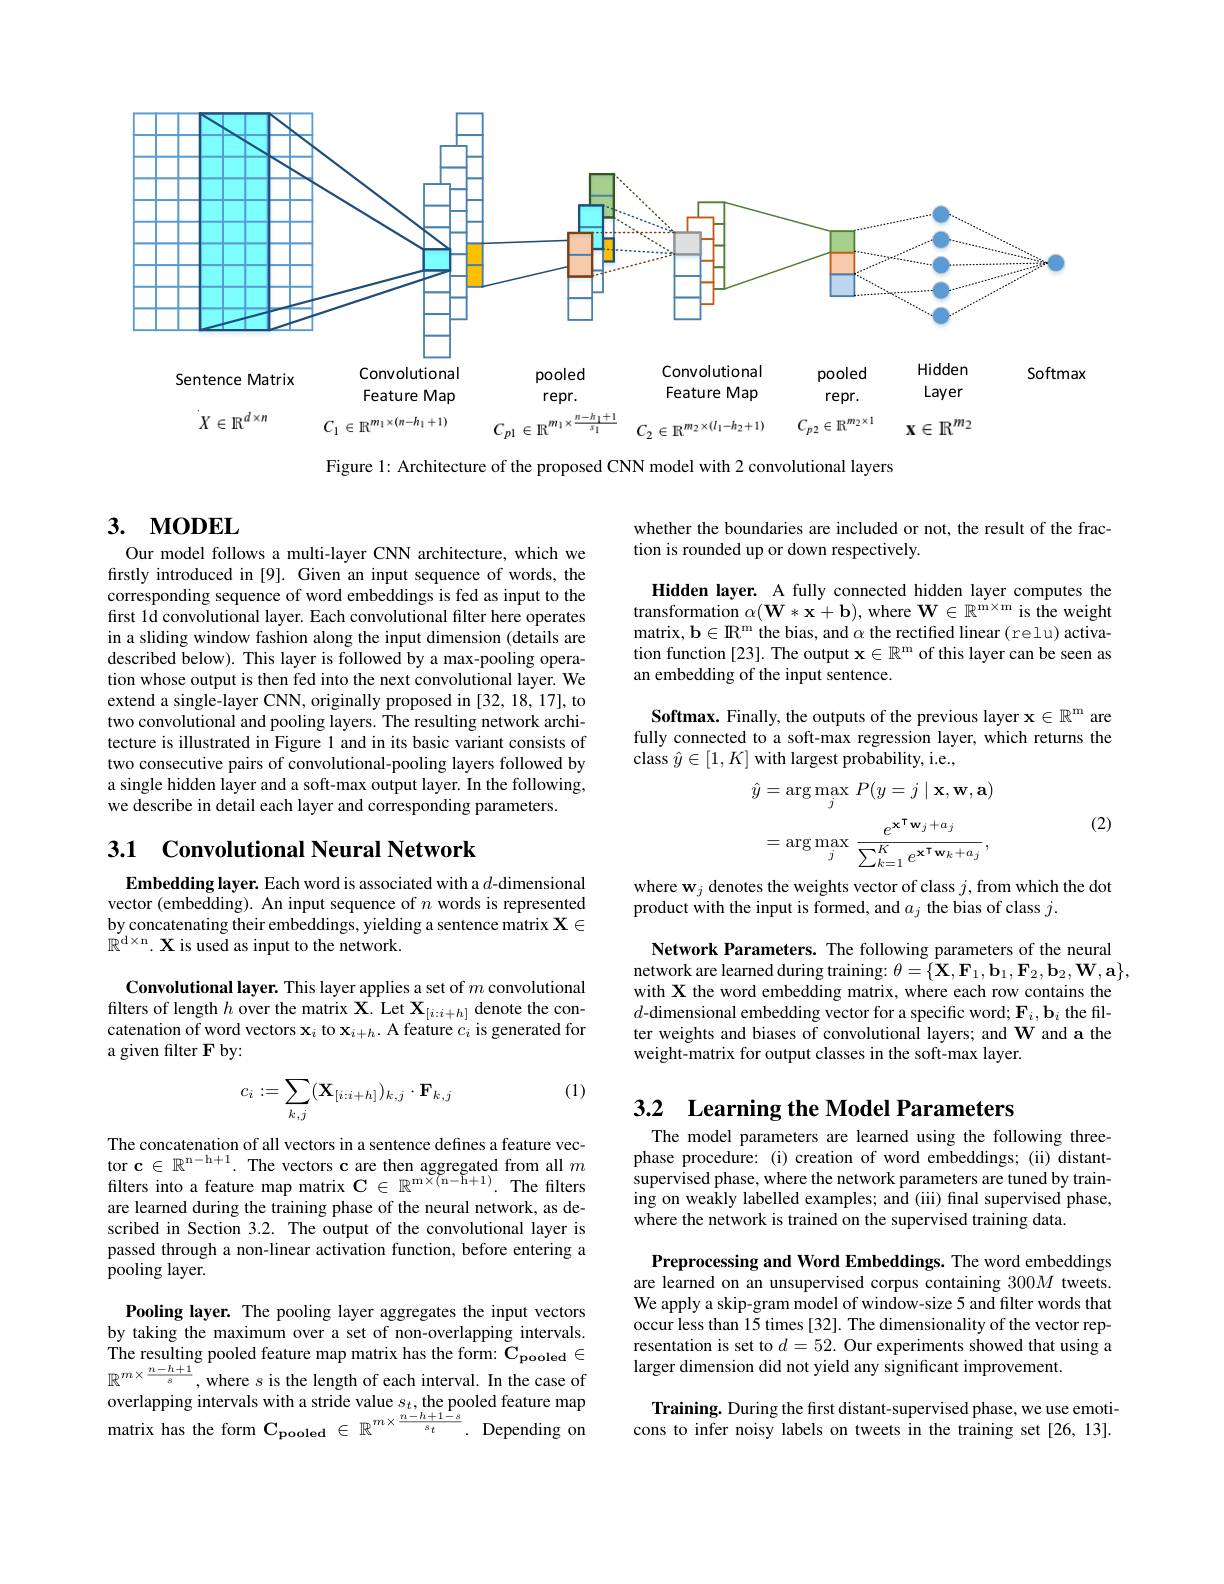
<FigureHere>

Figure 1: Architecture of the proposed CNN model with 2 convolutional layers

## 3. MODEL

whether the boundaries are included or not, the result of the frac-
tion is rounded up or down respectively.

Hidden layer. A fully connected hidden layer computes the transformation $\alpha(\mathbf{W}*\mathbf{x}+\mathbf{b})$, where $\mathbf{W} \in \mathbb{R} ^\mathrm{m\times m}$ is the weight matrix, b$\in R^m$ the bias, and $\alpha$ the rectified linear ( relu) activa- tion function [23]. The output $\mathbf{x} \in \mathbb{R} ^\text{m of this layer can be seen as}$ an embedding of the input sentence.

Our model follows a multi-layer CNN architecture, which we firstly introduced in [9]. Given an input sequence of words, the corresponding sequence of word embeddings is fed as input to the first 1d convolutional layer. Each convolutional filter here operates in a sliding window fashion along the input dimension (details are described below). This layer is followed by a max-pooling operation whose output is then fed into the next convolutional layer. We extend a single-layer CNN, originally proposed in [32, 18, 17], to two convolutional and pooling layers. The resulting network architecture is illustrated in Figure 1 and in its basic variant consists of two consecutive pairs of convolutional-pooling layers followed by a single hidden layer and a soft-max output layer. In the following, we describe in detail each layer and corresponding parameters.

Softmax. Finally, the outputs of the previous layer $\mathbf{x} \in \mathbb{R} ^{\mathrm{m} }$ are fully connected to a soft-max regression layer, which returns the class $\hat{y}\in[1,K]$ with largest probability, i.e.,

(2)
$$\begin{aligned}\hat{y}&=\arg\max_{j}\:P(y=j\mid\mathbf{x},\mathbf{w},\mathbf{a})\\&=\arg\max_{j}\:\frac{e^{\mathbf{x}^{\mathsf{T}}\mathbf{w}_{j}+a_{j}}}{\sum_{k=1}^{K}e^{\mathbf{x}^{\mathsf{T}}\mathbf{w}_{k}+a_{j}}},\end{aligned}$$
## 3.1 Convolutional Neural Network

where w$_j$ denotes the weights vector of class $j$,from which the dot
product with the input is formed, and $a_j$ the bias of class $j.$

Embedding layer. Each word is associated with a $d$-dimensional vector (embedding). An input sequence of $n$ words is represented by concatenating their embeddings, yielding a sentence matrix $\mathbf{X}\in$ $\mathbb{R}^{\mathrm{d\times n}}.$ X is used as input to the network.

Network Parameters. The following parameters of the neural network are learned during training: $\theta=\{\mathbf{X},\mathbf{F}_{1},\mathbf{b}_{1},\mathbf{F}_{2},\mathbf{b}_{2},\mathbf{W},\mathbf{a}\}$, with X the word embedding matrix, where each row contains the $d$-dimensional embedding vector for a specific word; $\mathbf{F}_i,\mathbf{b}_i$ the filter weights and biases of convolutional layers; and W and a the weight-matrix for output classes in the soft-max layer.

Convolutional layer. This layer applies a set of $m$ convolutional filters of length $h$ over the matrix X. Let $\mathbf{X}_{[i:i+h]}$ denote the concatenation of word vectors $\mathbf{x}_i$ to $\mathbf{x}_{i+h}.$ A feature $c_i$ is generated for a given filter F by:

(1)
$$c_i:=\sum_{k,j}(\mathbf{X}_{[i:i+h]})_{k,j}\cdot\mathbf{F}_{k,j}$$
3.2 Learning the Model Parameters

The model parameters are learned using the following threephase procedure: (i) creation of word embeddings; (ii) distantsupervised phase, where the network parameters are tuned by training on weakly labelled examples; and (iii) final supervised phase, where the network is trained on the supervised training data.

The concatenation of all vectors in a sentence defines a feature vector $\mathbf{c} \in \mathbb{R} ^{\mathrm{n- h+ 1}}.$ The vectors c are then aggregated from all $m$ filters into a feature map matrix $\mathbf{C} \in \mathbb{R} ^{\mathrm{m\times ( n- h+ 1) }}.$ The filters are learned during the training phase of the neural network, as described in Section 3.2. The output of the convolutional layer is passed through a non-linear activation function, before entering a pooling layer.

Preprocessing and Word Embeddings. The word embeddings are learned on an unsupervised corpus containing 300M tweets. We apply a skip-gram model of window-size 5 and filter words that occur less than 15 times [32]. The dimensionality of the vector representation is set to $d=52.$ Our experiments showed that using a larger dimension did not yield any significant improvement.

Pooling layer. The pooling layer aggregates the input vectors by taking the maximum over a set of non-overlapping intervals. The resulting pooled feature map matrix has the form: $\mathbf{C}_{\mathrm{pooled}}\in$ $\mathbb{R}^{m\times\frac{n-h+1}s}$,where $s$ is the length of each interval. In the case of overlapping intervals with a stride value $s_t$,the pooled feature map matrix has the form $\mathbf{C}_{\mathrm{pooled}}\in\mathbb{R}^{m\times\frac{n-h+1-s}{s_t}}.$ Depending on

Training. During the first distant-supervised phase, we use emoticons to infer noisy labels on tweets in the training set [26,13].